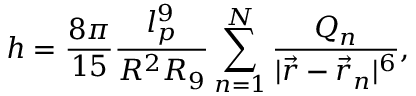
h = \frac { 8 \pi } { 1 5 } \frac { l _ { p } ^ { 9 } } { R ^ { 2 } R _ { 9 } } \sum _ { n = 1 } ^ { N } \frac { Q _ { n } } { | \vec { r } - \vec { r } _ { n } | ^ { 6 } } ,